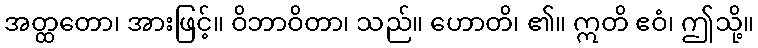
အတ္ထတော၊ အားဖြင့်။ ဝိဘာဝိတာ၊ သည်။ ဟောတိ၊ ၏။ ဣတိ ဧဝံ၊ ဤသို့။